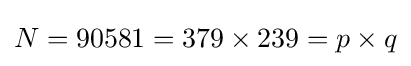
N=90581=379\times 239=p\times q